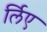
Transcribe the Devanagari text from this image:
र्लिए